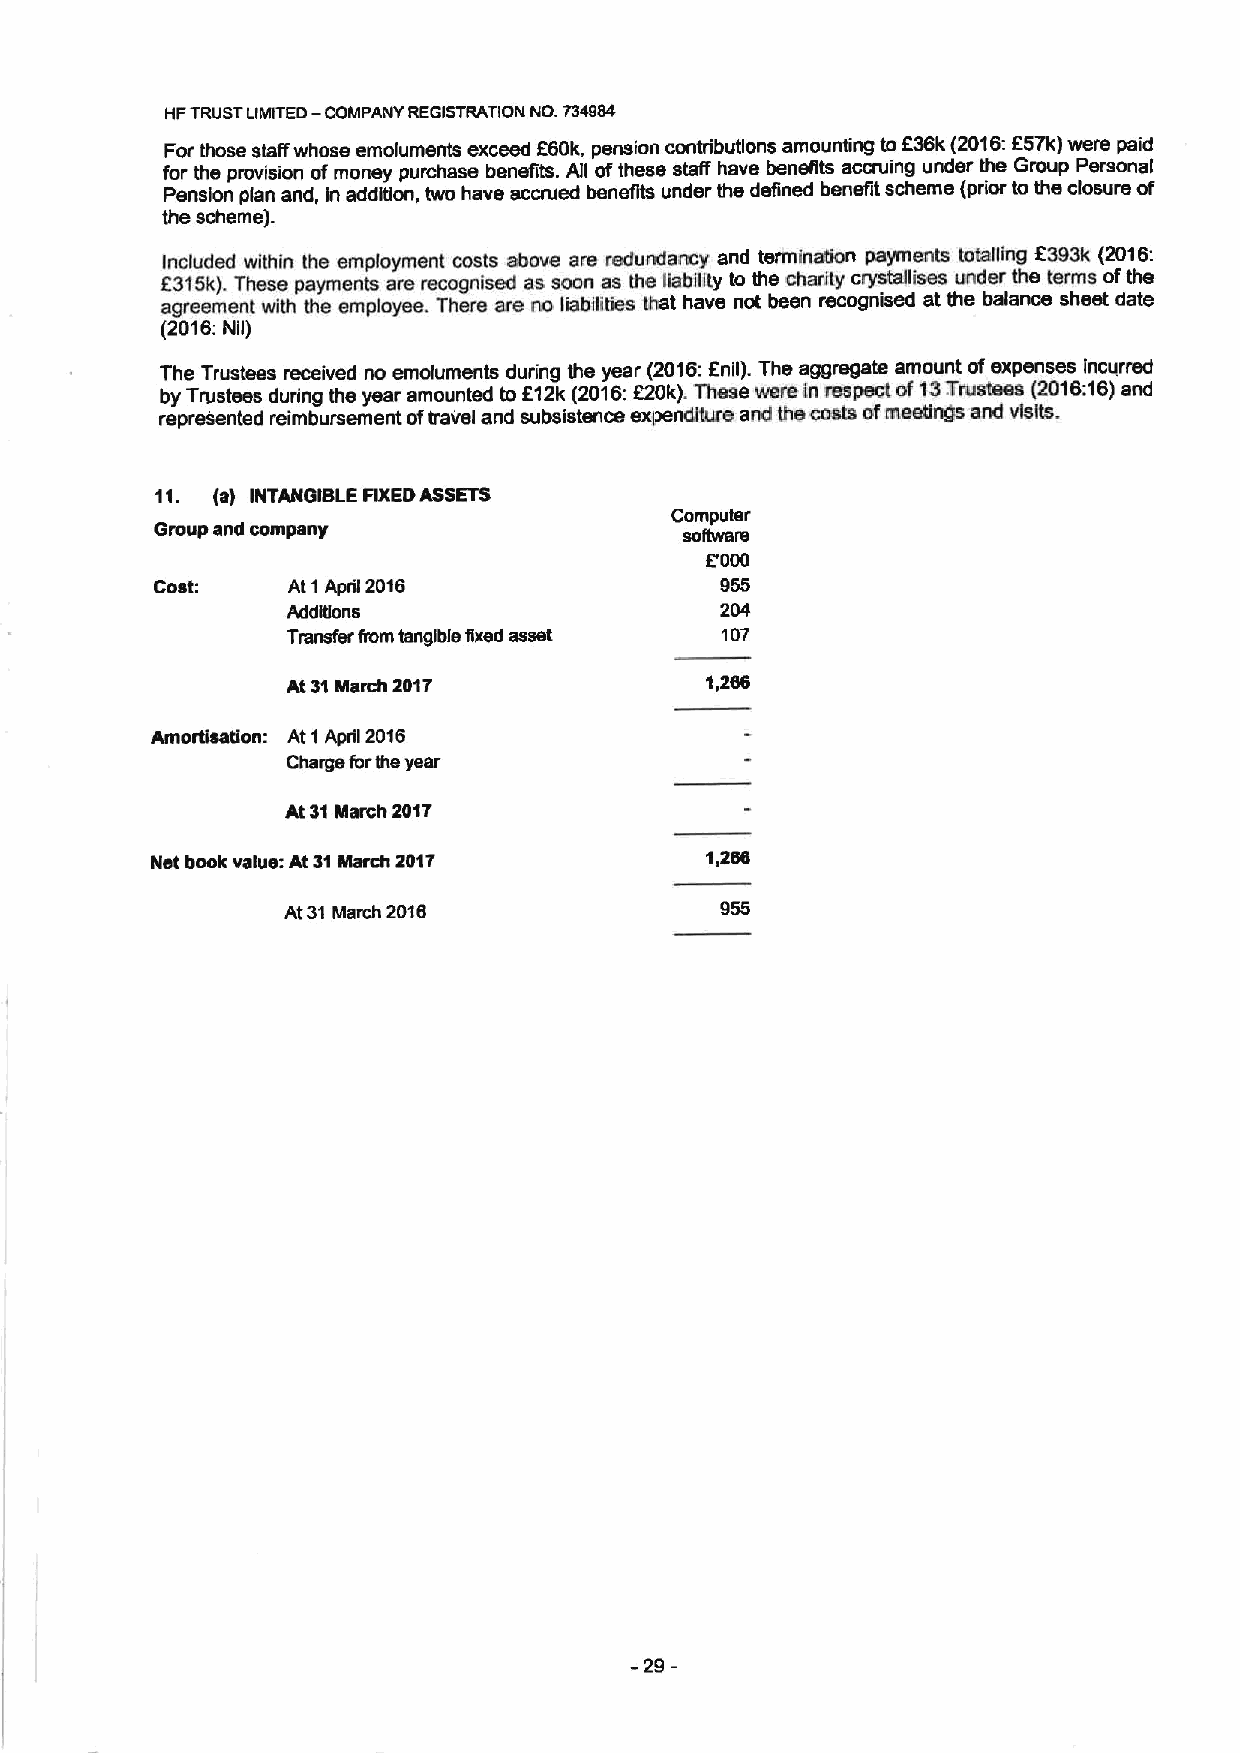
HFTRUSTLIMITED— COMPANY REGISTRATION NO. 734984
 For those stair whose emoluments exceed 560k, pension contributions amounting to Z36k (2016:E57k)were paid
 for the provision ofmoney purchase benefits. All ofthese stair have benefits accruing under ihe Group Personal
 Pension plan and, In addition, two have accrued benefits under the defined benefit scheme (prior to the closure of
 the scheme).
 Included within the employment costs above are redundancy and termination payments tOtalling 8393k (2016:
 K3tfik). These payments are recognised as soon as the fiabillly to the charity crysbdlises under the terms ofthe
 agmement with the einployee. There are no liabilities that have not been recognised at the balance sheet date
 (2016:Nil)
 The Trustees received no emoluments during the year (2016:Enil). The aggregate amount ofexpenses incurred
 by Trustees during the year amounted to K12k (2016:220k).These were tn mspect of13Trustees (2016:16)and
 represented reimbursement oftravel and subsistence expenditure and the costs ofmeafings and visfis
 11. (s) INTANGIBLE FIXEDASSETS
 Computer
 Group snd company                  sofiwsfs
 E000
 Cost:    At 1April 2016               955
 Addifions                    204
 Transfer from tangible fixed asset 107
 At31March 2017              1,206
 Amordssdon: At 1April 2016
 Charge forIhs year
 At 31March 2017
 Net book value: At 31March 2017      1,260
 At31Iillarch 2016
 -29-